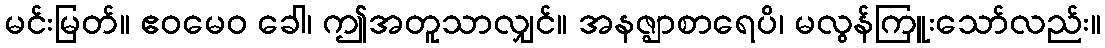
မင်းမြတ်။ ဧဝမေဝ ခေါ၊ ဤအတူသာလျှင်။ အနဇ္ဈာစာရေပိ၊ မလွန်ကြူးသော်လည်း။